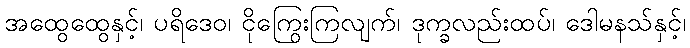
အထွေထွေနှင့်၊ ပရိဒေဝ၊ ငိုကြွေးကြလျက်၊ ဒုက္ခလည်းထပ်၊ ဒေါမနသ်နှင့်၊